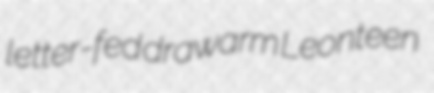
letter-fed drawarm Leonteen